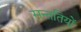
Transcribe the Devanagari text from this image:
सन्ततियों